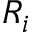
R _ { i }